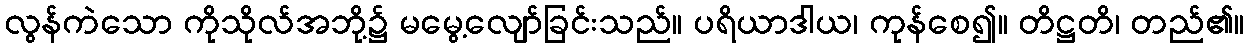
လွန်ကဲသော ကိုသိုလ်အဘို့၌ မမွေ့လျော်ခြင်းသည်။ ပရိယာဒါယ၊ ကုန်စေ၍။ တိဋ္ဌတိ၊ တည်၏။